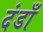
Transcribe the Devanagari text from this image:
दंडाँ